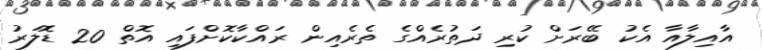
އާއިލާއާ އެކު ބޭރަށް ކުރި ދަތުރެއްގެ ތެރެއިން ރައްކާކޮށްފައި އޮތް 20 ޑޮލަރު